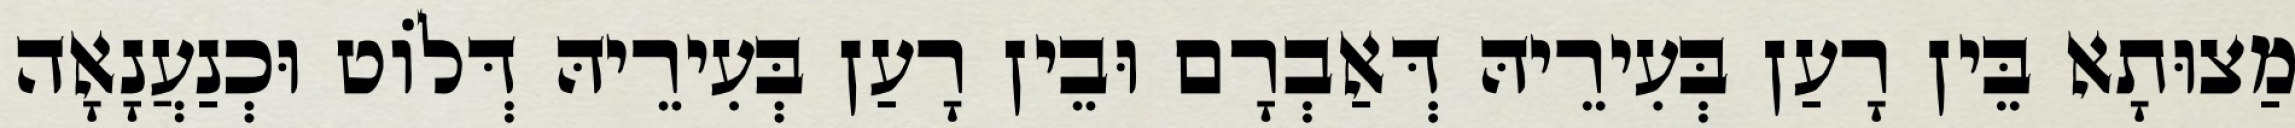
מַצוּתָא בֵּין רָעַן בְּעִירֵיהּ דְּאַבְרָם וּבֵין רָעַן בְּעִירֵיהּ דְּלוֹט וּכְנַעֲנָאָה